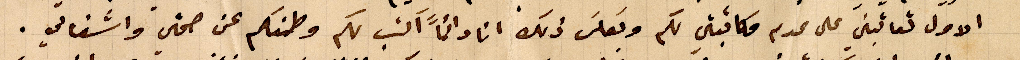
الاول تعاتبني على عدم مكاتبتي لكم وبعكسَ ذلك انا دائماً اكتب لكم وطمنكم عن صحتي واشغالي.